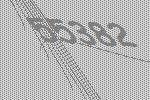
55382